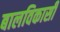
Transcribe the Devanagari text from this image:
बालविकासी